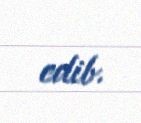
edib.